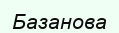
Базанова